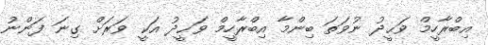
އިބްރާހީމް ވަޙީދު ނުވަތަ ބިންމާ އިބްރާހީމް ވަޙީދު އަކީ ވަރަށް ގިނަ ފަންނު